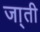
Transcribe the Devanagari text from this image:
जा्ती